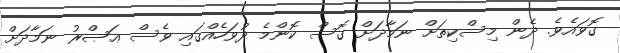
ގޮވައެވެ. ދެން މިސްކިތަށް ނަމާދަށް ގޮސް ކޮންމެ ދުވަހެއްގައި ވެސް ޢަޞްރު ނަމާދަށް